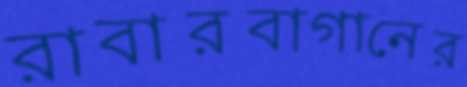
রাবারবাগানের